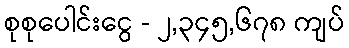
စုစုပေါင်းငွေ - ၂,၃၄၅,၆၇၈ ကျပ်